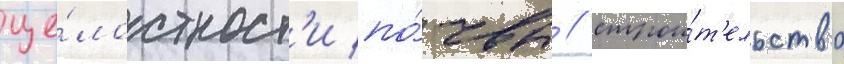
це́лостност'и по́чвы / строи́т'ельство